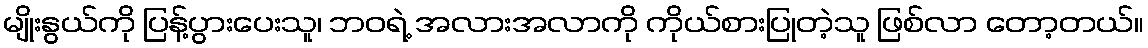
မျိုးနွယ်ကို ပြန့်ပွားပေးသူ၊ ဘဝရဲ့ အလားအလာကို ကိုယ်စားပြုတဲ့သူ ဖြစ်လာ တော့တယ်။